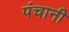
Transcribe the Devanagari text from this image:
पंचानी